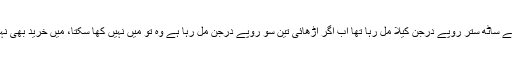
’’اگر پہلے ساٹھ ستر روپے درجن کیلا مل رہا تھا اب اگر اڑھائی تین سو روپے درجن مل رہا ہے وہ تو میں نہیں کھا سکتا، میں خرید بھی نہیں سکتا۔